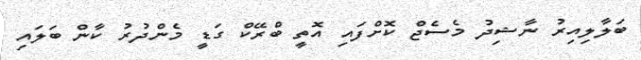
ބަލާލިއިރު ނާޝިދު މެސެޖް ކޮށްފައި އޮތީ ބްރޭކް ގަޑީ މެންދުރު ކާން ބަލައި